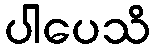
ပါပေသိ